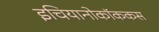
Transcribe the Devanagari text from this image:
इचियानोकॉककस